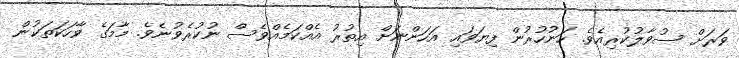
ވަރަށް ސުވާލުކުރިއެވެ. ހަނުހުރުން ފިޔަވައި އަހަންނަށް އިތުރު އެއްކަމެއްވެސް ނުކުރެވުނެވެ. މާމަގެ ވާހަކަތަކުން